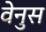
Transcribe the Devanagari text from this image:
वेनुस